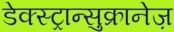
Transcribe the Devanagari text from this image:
डेक्स्ट्रान्सुक्रानेज़